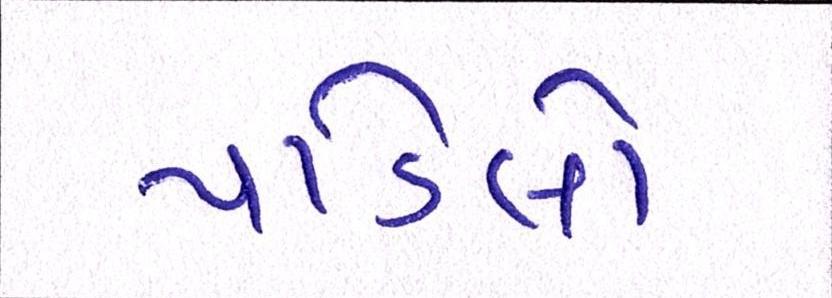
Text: પાડેલો